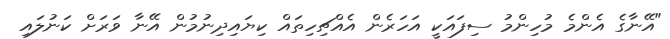
"އޭނާގެ އެންމެ މުހިންމު ސިފައަކީ އަހަރެން އެއްޗިހިތައް ކިޔައިދިނުމުން އޭނާ ވަރަށް ކަނުލައި